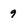
Character: 9